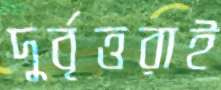
দুর্বৃত্তরাই